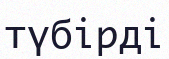
түбірді